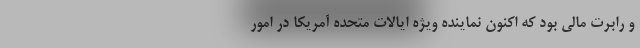
و رابرت مالی بود که اکنون نماینده ویژه ایالات متحده آمریکا در امور